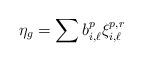
LaTeX: \begin{align*}\eta_{g}=\sum b^{p}_{i,\ell}\xi^{p,r}_{i,\ell}\end{align*}